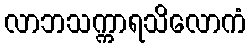
လာဘသက္ကာရသိလောကံ